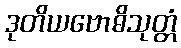
ဒုတိယဗောဓိသုတ္တံ